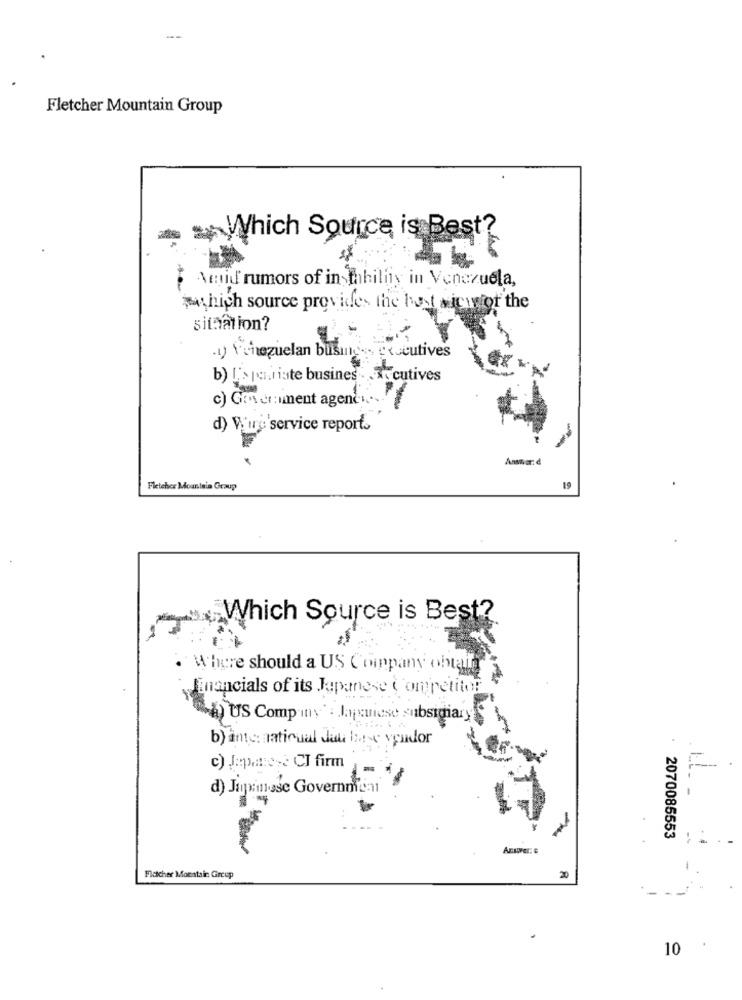
Fletcher Mountain Group
Which Source is Best?
Amid rumors of in tahitiis in Venezuela,
which source provides the best wicyfor the
situation?
1) Venezuelan business executives
b) L'>pouriste busines . . T. cutives
c) Government agency
d) Vire'service reports
Answer: d
Fletcher Mountsia Group
19
Which Source is Best?
`Where should a US Company obtain
financials of its Japanese Competitor
"a) US Comp iny' : Jagsuiese subsidiary
b) international data base vendor
c) JJapanese CI firm
d) Japanese Government
2070085553
Fletcher Mountain Group
10 .